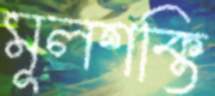
মূলশক্তি